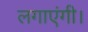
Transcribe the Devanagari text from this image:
लगाएंगी।